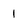
Character: 1